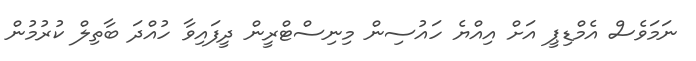
ނަމަވެސް އެމްޑިޕީ އަށް އިއްޔެ ހައުސިން މިނިސްޓްރީން ދީފައިވާ ހުއްދަ ބާތިލް ކުރުމުން